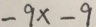
- 9 x - 9